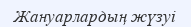
Жануарлардың жүзуі